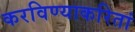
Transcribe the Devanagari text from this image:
करविण्याकरितां